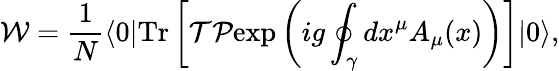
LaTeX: {\cal W}={\frac{1}{N}}\langle 0|\mathrm{Tr}\left[{\cal T}{\cal P}\mathrm{exp}\left(ig\oint_{\gamma}dx^{\mu}A_{\mu}(x)\right)\right]|0\rangle,